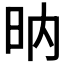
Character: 𣅚